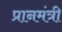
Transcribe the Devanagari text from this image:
प्रानमंत्री